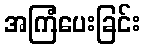
အကြံပေးခြင်း